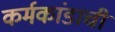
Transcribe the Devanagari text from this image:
कर्मकांडाची